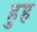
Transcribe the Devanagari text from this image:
हुह